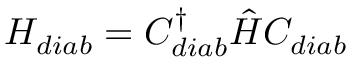
H _ { d i a b } = C _ { d i a b } ^ { \dagger } \hat { H } C _ { d i a b }